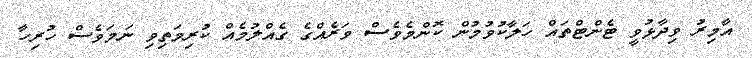
އާމިރު ވިދާޅުވީ ޓެންޓްތައް ހަލާކުވުމުން ކޮންމެވެސް ވަރެއްގެ ގެއްލުމެއް ކުރިމަތިވި ނަމަވެސް ހުރިހާ